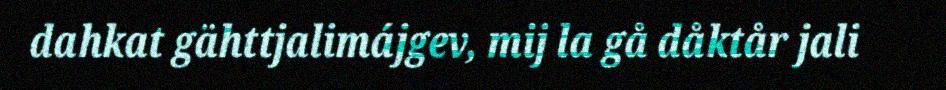
dahkat gähttjalimájgev, mij la gå dåktår jali